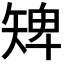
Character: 𥏠